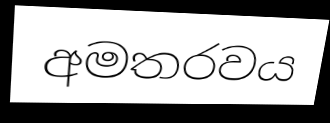
අමතරවය